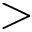
>